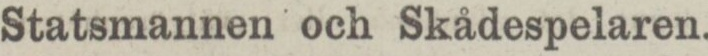
Statsmannen och Skådespelaren.